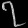
Digit: ၇